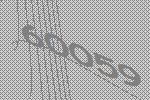
60059